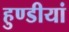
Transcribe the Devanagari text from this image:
हुण्डीयां